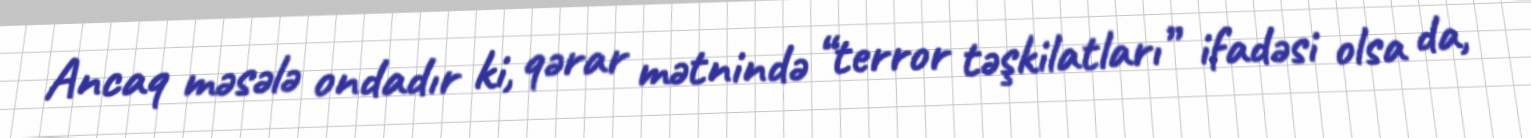
Ancaq məsələ ondadır ki, qərar mətnində “terror təşkilatları” ifadəsi olsa da,